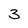
Character: 3